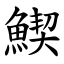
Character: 䱮